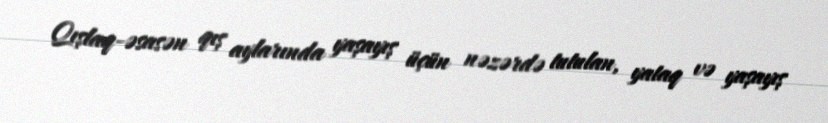
Qışlaq-əsasən qış aylarında yaşayış üçün nəzərdə tutulan, yataq və yaşayış